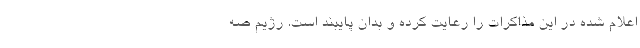
اعلام شده در این مذاکرات را رعایت کرده و بدان پایبند است. رژیم صه